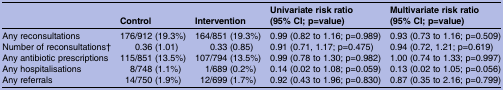
<table><thead><tr><td></td><td><b>Control</b></td><td><b>Intervention</b></td><td><b>Univariate risk ratio (95% CI; p=value)</b></td><td><b>Multivariate risk ratio (95% CI; p=value)</b></td></tr></thead><tbody><tr><td>Any reconsultations</td><td>176/912 (19.3%)</td><td>164/851 (19.3%)</td><td>0.99 (0.82 to 1.16; p=0.989)</td><td>0.93 (0.73 to 1.16; p=0.509)</td></tr><tr><td>Number of reconsultations†</td><td>0.36 (1.01)</td><td>0.33 (0.85)</td><td>0.91 (0.71, 1.17; p=0.475)</td><td>0.94 (0.72, 1.21; p=0.619)</td></tr><tr><td>Any antibiotic prescriptions</td><td>115/851 (13.5%)</td><td>107/794 (13.5%)</td><td>0.99 (0.78 to 1.30; p=0.982)</td><td>1.00 (0.74 to 1.33; p=0.997)</td></tr><tr><td>Any hospitalisations</td><td>8/748 (1.1%)</td><td>1/689 (0.2%)</td><td>0.14 (0.02 to 1.08; p=0.059)</td><td>0.13 (0.02 to 1.05; p=0.056)</td></tr><tr><td>Any referrals</td><td>14/750 (1.9%)</td><td>12/699 (1.7%)</td><td>0.92 (0.43 to 1.96; p=0.830)</td><td>0.87 (0.35 to 2.16; p=0.799)</td></tr></tbody></table>